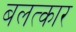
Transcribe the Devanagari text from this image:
बलत्कार